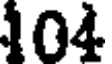
104